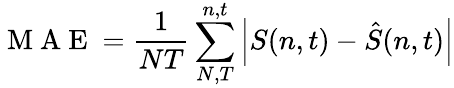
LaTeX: \mathrm{~M~A~E~}=\frac{1}{NT}\sum_{N,T}^{n,t}\left|S(n,t)-\hat{S}(n,t)\right|